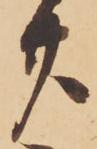
廿